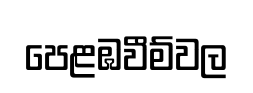
පෙළඹවීම්වල